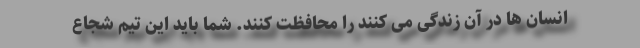
انسان ها در آن زندگی می کنند را محافظت کنند. شما باید این تیم شجاع